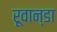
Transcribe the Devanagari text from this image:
रूवान्डा